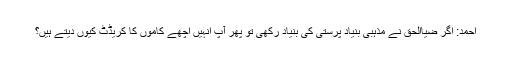
احمد: اگر ضیاالحق نے مذہبی بنیاد پرستی کی بنیاد رکھی تو پھر آپ انہیں اچھے کاموں کا کریڈٹ کیوں دیتے ہیں؟